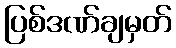
ပြစ်ဒဏ်ချမှတ်